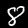
Digit: 8